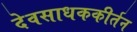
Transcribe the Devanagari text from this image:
देवसाधककीर्तन